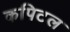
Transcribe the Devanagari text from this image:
कपिटल